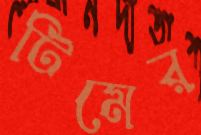
টিমের